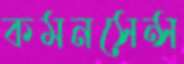
কমনসেন্স